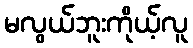
မလွယ်ဘူးကိုယ့်လူ